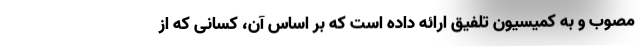
مصوب و به کمیسیون تلفیق ارائه داده است که بر اساس آن، کسانی که از